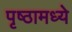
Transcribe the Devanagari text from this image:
पृष्ठामध्ये